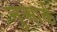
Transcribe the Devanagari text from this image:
नुआर्क